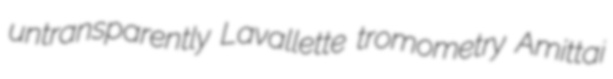
untransparently Lavallette tromometry Amittai